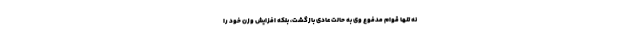
نه تنها قوام مدفوع وی به حالت عادی بازگشت، بلکه افزایش وزن خود را